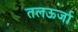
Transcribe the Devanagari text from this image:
तलऊर्जा